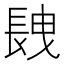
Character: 𨱽